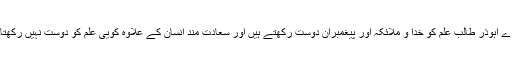
اے ابوذر طالب علم کو خدا و ملائکہ اور پیغمبران دوست رکھتے ہیں اور سعادت مند انسان کے علاوہ کویی علم کو دوست نہیں رکھتا۔